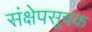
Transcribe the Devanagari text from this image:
संक्षेपसूचक